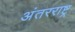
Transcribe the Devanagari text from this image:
अंतरराष्ट्र